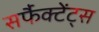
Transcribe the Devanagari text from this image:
सर्फैक्टेंट्स